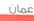
غمان